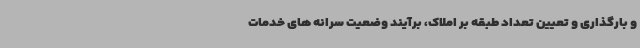
و بارگذاری و تعیین تعداد طبقه بر املاک، برآیند وضعیت سرانه های خدمات